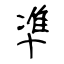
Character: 凖